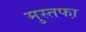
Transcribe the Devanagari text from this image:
मुस्तफा़